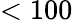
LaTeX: <100